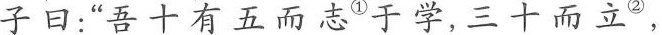
子日:吾十有五而志^{①} 手学,三十而立^{②} ,